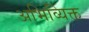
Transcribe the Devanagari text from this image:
अभिव्यिक्त